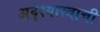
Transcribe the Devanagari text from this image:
अदृश्यास्त्राची